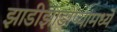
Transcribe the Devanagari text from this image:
झाडीझाडोप्यामध्ये